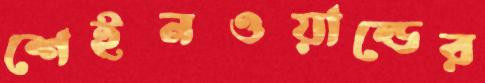
শেইনওয়াল্ডের